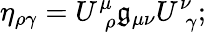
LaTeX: \eta_{\rho\gamma}=U_{\, \, \rho}^{\mu}\mathfrak{g}_{\mu\nu}U_{\, \, \gamma}^{\nu};